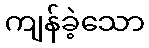
ကျန်ခဲ့သော